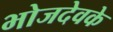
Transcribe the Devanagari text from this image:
भोजदेवके